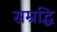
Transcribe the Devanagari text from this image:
सम्रद्धि